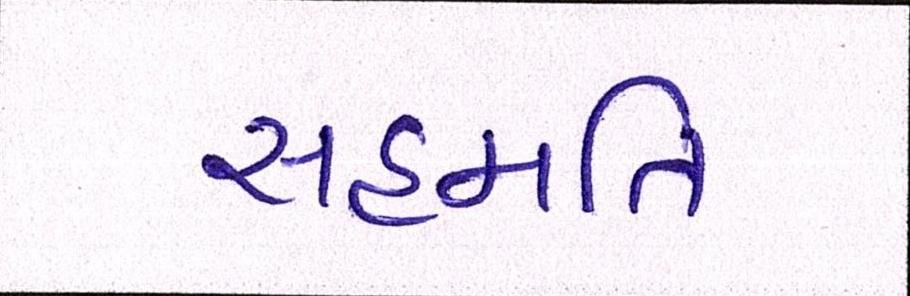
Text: સહમતિ